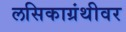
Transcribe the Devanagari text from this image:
लसिकाग्रंथीवर